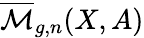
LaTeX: {\overline{{\mathcal{M}}}}_{g,n}(X,A)